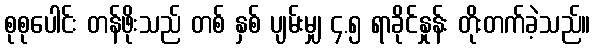
စုစုပေါင်း တန်ဖိုးသည် တစ် နှစ် ပျမ်းမျှ ၄.၅ ရာခိုင်နှုန်း တိုးတက်ခဲ့သည်။